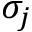
\sigma _ { j }